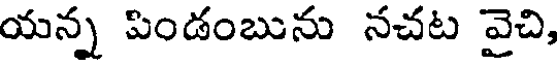
యన్న పిండంబును నచట వైచి,